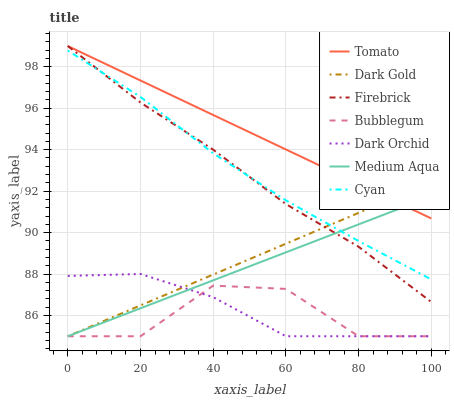
| xaxis_label | Tomato | Dark Gold | Firebrick | Bubblegum | Dark Orchid | Medium Aqua | Cyan |
 | --- | --- | --- | --- | --- | --- | --- | --- |
 | 0 | 99 | 85 | 99 | 85 | 87.9 | 85 | 98.8 |
 | 20 | 97.3 | 86.5 | 96.3 | 85 | 88 | 86.3 | 96.5 |
 | 40 | 95.7 | 88 | 94 | 87.4 | 86.9 | 87.7 | 93.8 |
 | 60 | 94 | 89.5 | 91.4 | 87.3 | 85 | 89 | 91.6 |
 | 80 | 92.3 | 91 | 89.3 | 85 | 85 | 90.4 | 89.6 |
 | 100 | 90.7 | 92.4 | 86.7 | 85 | 85 | 91.7 | 87.7 |